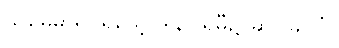
သုမေဓာရှင်ရသေ့ ဒါနပါရမီ၌ ဆင်ခြင်ပုံ။